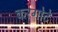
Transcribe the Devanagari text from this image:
करगोटे